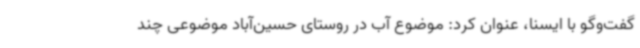
گفت‌وگو با ایسنا، عنوان کرد: موضوع آب در روستای حسین‌آباد موضوعی چند